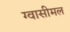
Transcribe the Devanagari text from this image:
ग्वासीमल